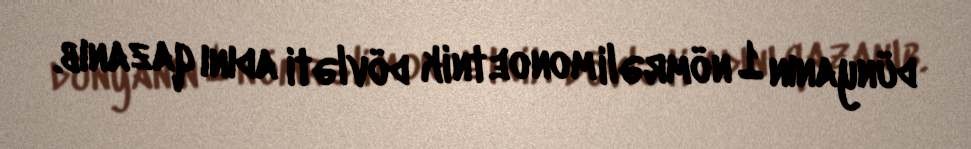
dünyanın 1 nömrəli monoetnik dövləti adını qazanıb.